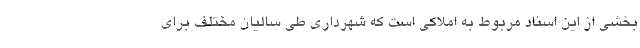
بخشی از این اسناد مربوط به املاکی است که شهرداری طی سالیان مختلف برای